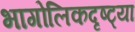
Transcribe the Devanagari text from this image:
भागोलिकदृष्ट्या